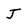
Character: J